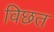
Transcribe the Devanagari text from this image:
विछत